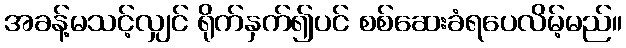
အခန့်မသင့်လျှင် ရိုက်နှက်၍ပင် စစ်ဆေးခံရပေလိမ့်မည်။